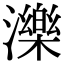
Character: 濼